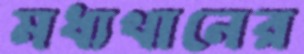
মধ্যখানের